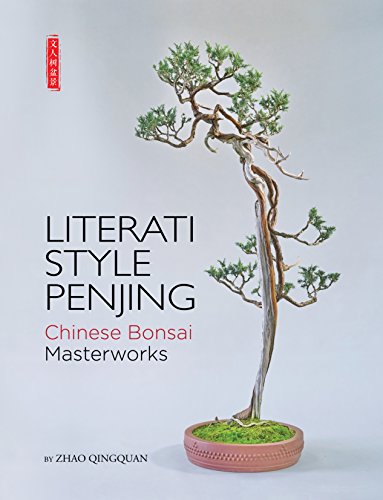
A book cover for Literati Style Penjing: Chinese Bonsai Masterworks; Zhao Qingquan; Crafts, Hobbies & Home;